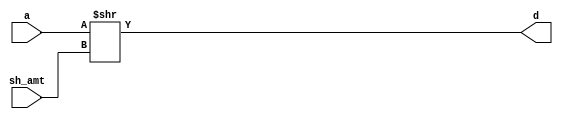
`timescale 1ns / 1ps

//Logical shift right module.

module shiftRight #(parameter DATAWIDTH = 8)(sh_amt, a, d);
    input [DATAWIDTH-1 : 0] sh_amt;
    input [DATAWIDTH-1 : 0] a;
    output reg [DATAWIDTH-1 : 0] d;
    
    always@(sh_amt, a)begin
        d <= a >> sh_amt;
    end
endmodule